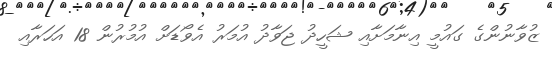
ޒުވާނުންގެ ގައުމީ އިނާމަށާއި ޝަހީދު ޖަވާދު އުމަރު އެވޯޑަށް އުމުރުން 18 އަހަރާއި